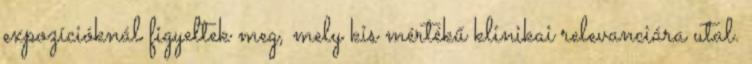
expozícióknál figyeltek meg, mely kis mértékű klinikai relevanciára utal.